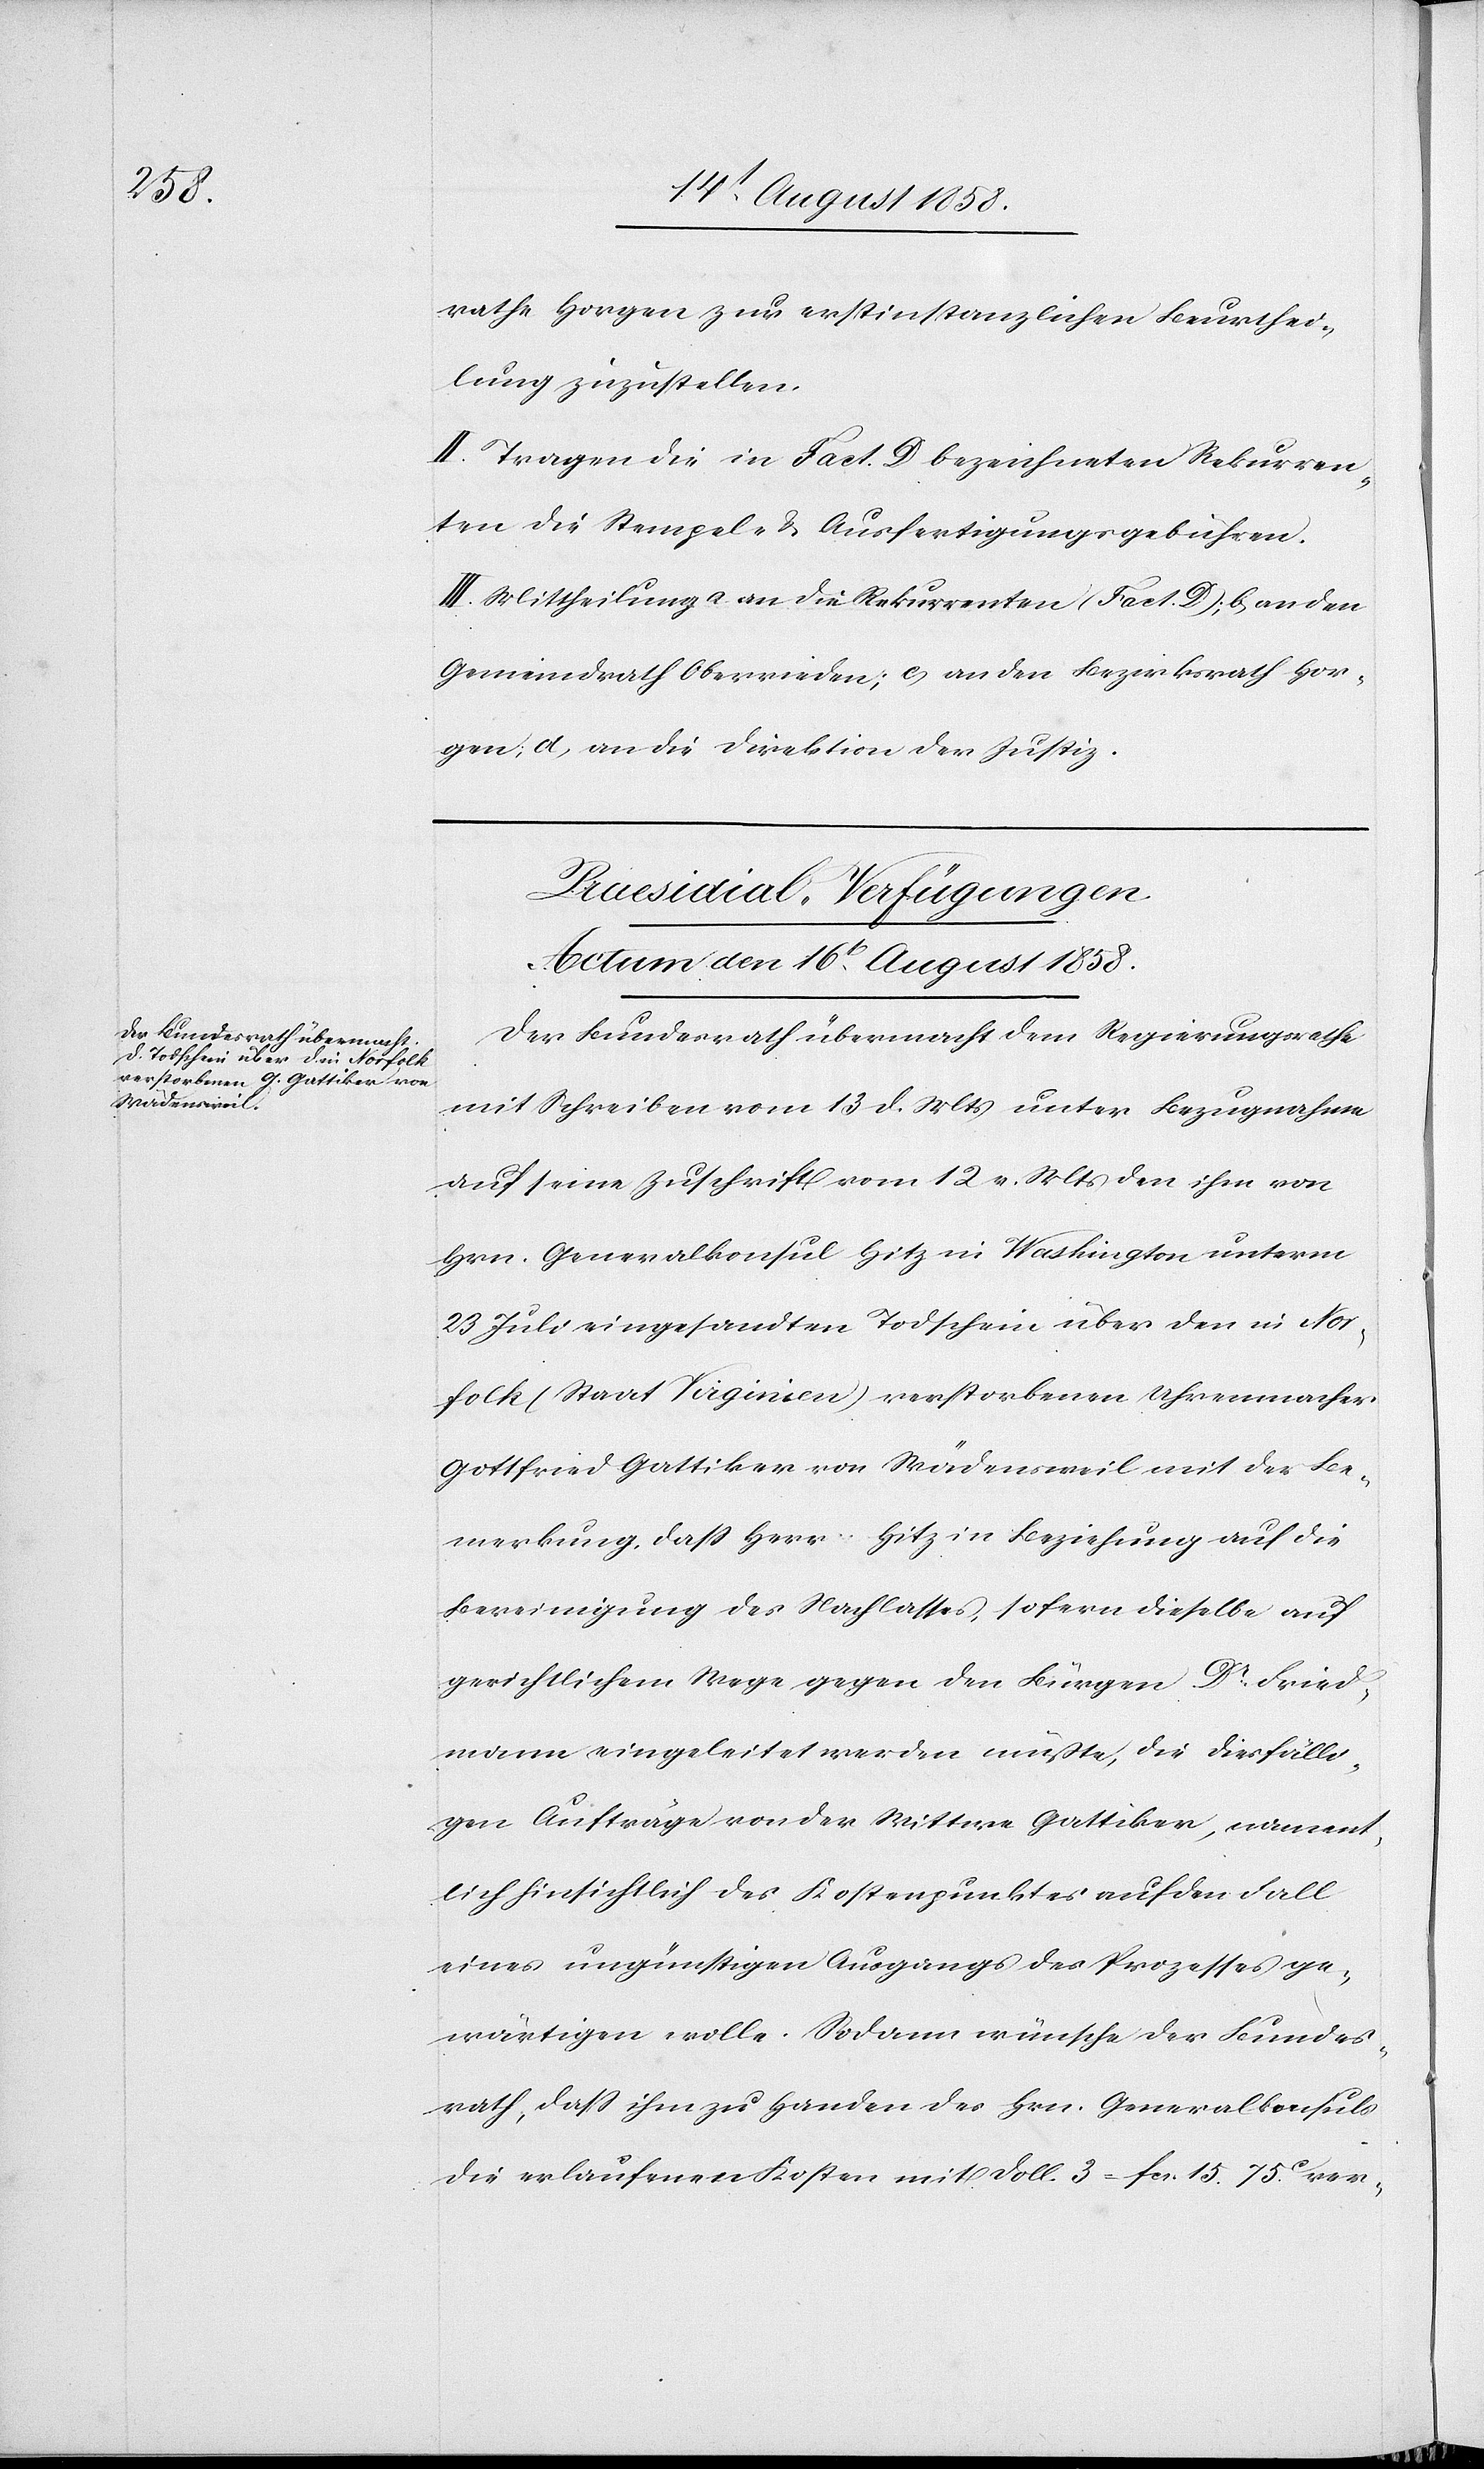
rathe Horgen zur erstinstanzlichen Beurthei¬
lung zuzustellen.
II. Tragen die in Fact. D bezeichneten Rekurren¬
ten die Stempel- & Ausfertigungsgebühren.
III. Mittheilung a) an die Rekurrenten (Fact. D); b) an den
Gemeindrath Oberrieden; c) an den Bezirksrath Hor¬
gen; d) an die Direktion der Justiz.
Praesidial-Verfügungen
Actum den 16t August 1858.
Der Bundesrath übermacht dem Regierungsrathe
mit Schreiben vom 13 d. Mts unter Bezugnahme
auf seine Zuschrift vom 12 v. Mts den ihm von
Hrn. Generalkonsul Hitz in Washington unterm
23 Juli eingesandten Todschein über den in Nor¬
folk (Staat Virginien) verstorbenen Uhrenmacher
Gottfried Gattiker von Wädensweil mit der Be¬
merkung, dass Herr Hitz in Beziehung auf die
Bereinigung des Nachlasses, sofern dieselbe auf
gerichtlichem Wege gegen den Bürgen Dr. Fried¬
mann eingeleitet werden müßte, die diesfälli¬
gen Aufträge von der Wittwe Gattiker, nament¬
lich hinsichtlich des Kostenpunktes auf den Fall
eines ungünstigen Ausgangs des Prozesses ge¬
wärtigen wolle. Sodann wünsche der Bundes¬
rath, dass ihm zu Handen des Hrn. Generalkonsuls
die erlaufenen Kosten mit Doll. 3 = fcs. 15. 75C ver-